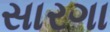
સારગા